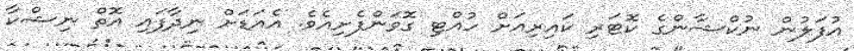
އުފަލުން ނުކްޝާންގެ ކޮޓަރި ކައިރިއަށް ހުއްޓި ގޮވަންފެށިއެވެ. އެއަޑަށް ނިދާފައި އޮތް ނިޝްކާ